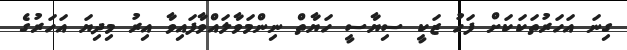
ގިނަ އަހަރުތަކަކަށް ފަހު ޒަކީ ސިޔާސީ ހަޔާތް ނިންމަވާލައްވާފައިވާ އިރު މިދިޔަ އަހަރުގެ